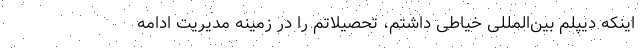
اینکه دیپلم بین‌المللی خیاطی داشتم، تحصیلاتم را در زمینه مدیریت ادامه